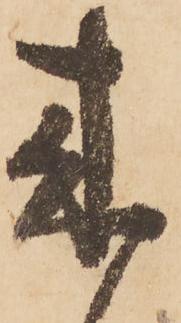
来